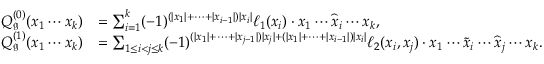
\begin{array} { r l } { Q _ { \mathfrak { g } } ^ { ( 0 ) } ( x _ { 1 } \cdots x _ { k } ) } & { = \sum _ { i = 1 } ^ { k } ( - 1 ) ^ { ( | x _ { 1 } | + \cdots + | x _ { i - 1 } | ) | x _ { i } | } \ell _ { 1 } ( x _ { i } ) \cdot x _ { 1 } \cdots \widehat { x } _ { i } \cdots x _ { k } , } \\ { Q _ { \mathfrak { g } } ^ { ( 1 ) } ( x _ { 1 } \cdots x _ { k } ) } & { = \sum _ { 1 \leq i < j \leq k } ( - 1 ) ^ { ( | x _ { 1 } | + \cdots + | x _ { j - 1 } | ) | x _ { j } | + ( | x _ { 1 } | + \cdots + | x _ { i - 1 } | ) | x _ { i } | } \ell _ { 2 } ( x _ { i } , x _ { j } ) \cdot x _ { 1 } \cdots \widetilde { x } _ { i } \cdots \widehat { x } _ { j } \cdots x _ { k } . } \end{array}